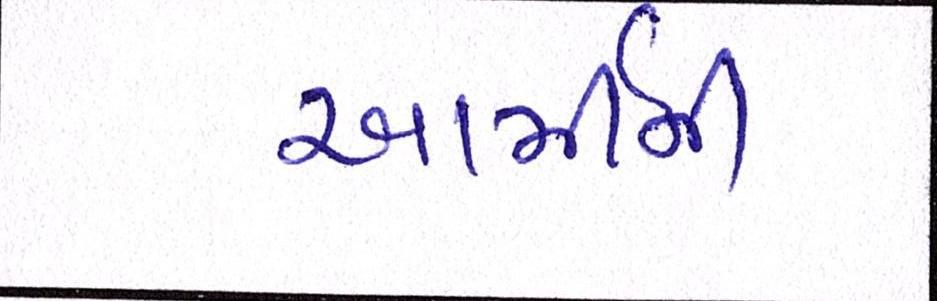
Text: આર્મીની